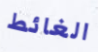
الغائط